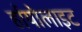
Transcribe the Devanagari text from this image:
र्हायोलाइट